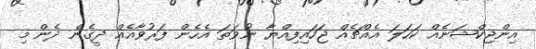
އިންޖިކްޝަނެއް ކަހަލަ އެއްޗެއް ޖަހައިިފިއްޔާ ނުވަތަ އެހެން ފަރުވާއެއް ދީގެން ދެން މި